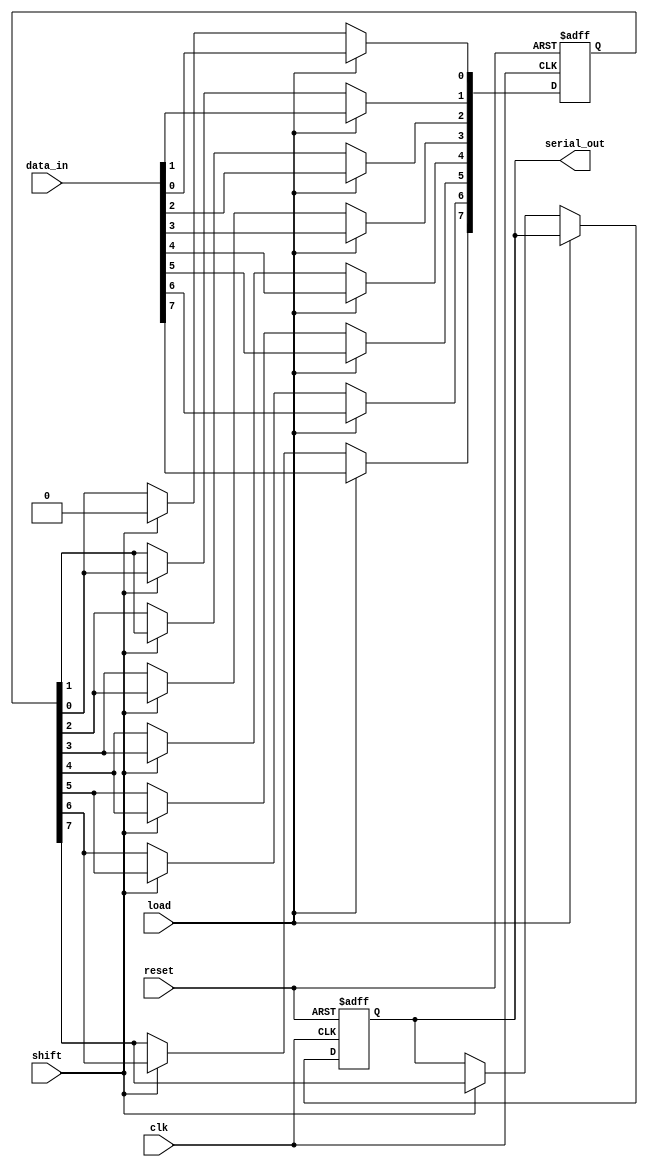
module PISO_Register #(
    parameter N = 8 // Number of parallel data inputs
)(
    input wire [N-1:0] data_in,  // Parallel data inputs
    input wire load,              // Load control signal
    input wire shift,             // Shift control signal
    input wire clk,               // Clock signal
    input wire reset,             // Reset signal
    output reg serial_out         // Serial data output
);

    reg [N-1:0] shift_reg;        // Shift register to hold the data
    integer i;                    // Loop variable

    // Asynchronous reset
    always @(posedge clk or posedge reset) begin
        if (reset) begin
            shift_reg <= 0;       // Clear the shift register
            serial_out <= 0;      // Clear the serial output
        end else if (load) begin
            shift_reg <= data_in; // Load parallel data into shift register
        end else if (shift) begin
            serial_out <= shift_reg[N-1]; // Output the MSB of the shift register
            // Shift the register contents to the right
            for (i = N-1; i > 0; i = i - 1) begin
                shift_reg[i] <= shift_reg[i-1];
            end
            shift_reg[0] <= 0; // Clear the LSB after shifting
        end
    end

endmodule